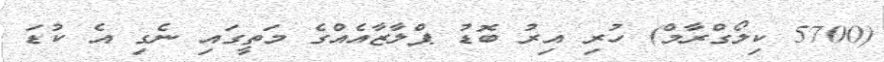
(5700 ކިލޯގްރާމް) ހުރި އިރު ބޮޑު ޕްލާޒާއެއްގެ މަތީގައި ނެގި އެ ކުޑަ